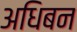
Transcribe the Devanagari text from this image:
अधिबन